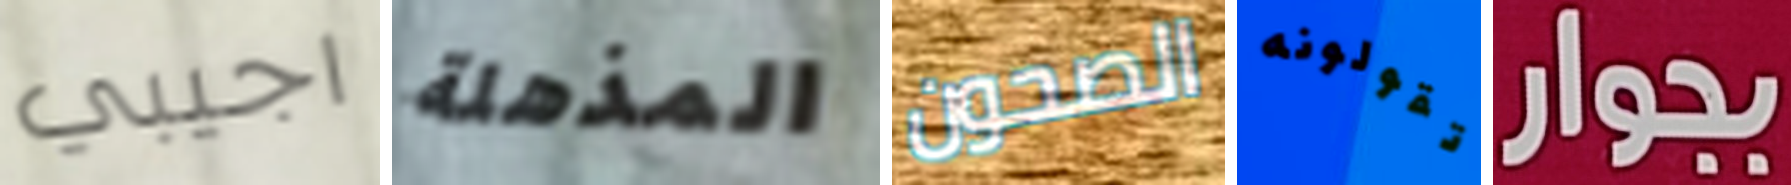
اجيبي المذهلة الصحون تقولونه بجوار